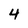
Character: 4